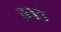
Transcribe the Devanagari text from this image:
ब्रम्हदंड